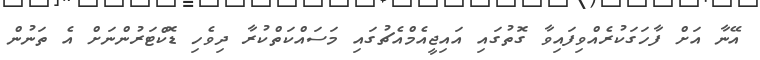
އޭނާ އަށް ފާހަގަކުރެއްވިފައިވާ ގޮތުގައި އައިޖީއެމްއެޗުގައި މަސައްކަތްކުރާ ދިވެހި ޑޮކްޓަރުންނަށް އެ ތަނުން